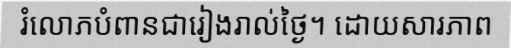
រំលោភបំពានជារៀងរាល់ថ្ងៃ។ ដោយសារភាព